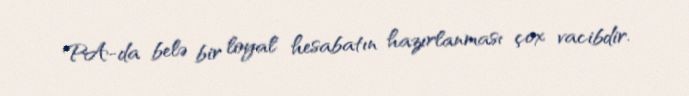
PA-da belə bir loyal hesabatın hazırlanması çox vacibdir.